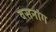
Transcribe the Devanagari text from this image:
वसनांग